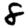
Digit: 8